Civil Veterinary Dept. Bombay admin report 1900-1906 - 1900-1906
Year: 1900
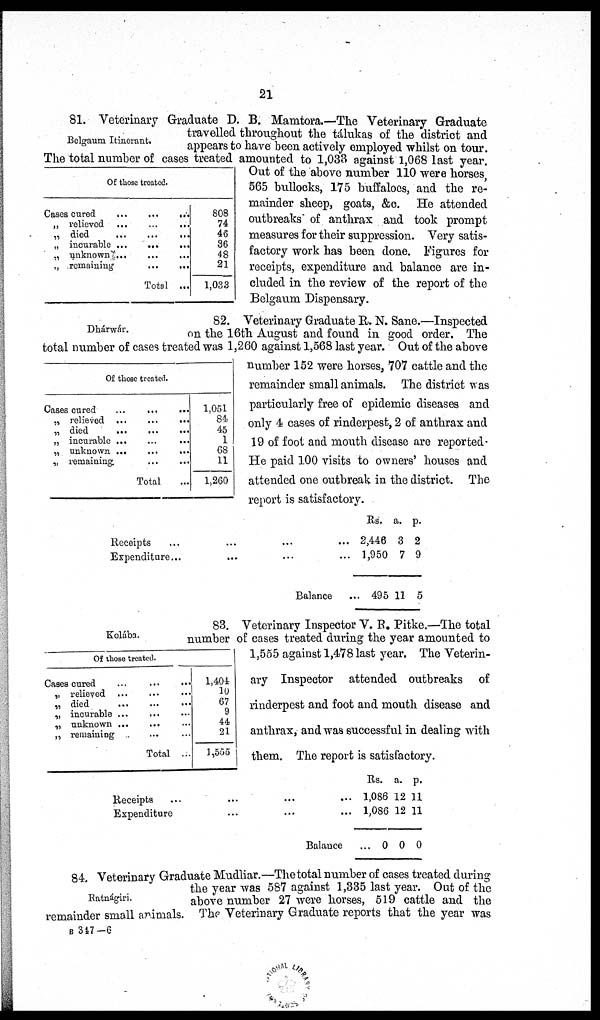
21
Belgaum Itinerant.
Of those treated.
Cases cured
...
...
...
„ relieved ... ... ...
„ died
...
...
...
„ incurable ...
...
...
„ unknown ... ... ...
„ remaining
...
...
Total ...
808
74
46
36
48
21
1,033
81. Veterinary Graduate D. B. Mamtora.—The Veterinary Graduate
travelled throughout the tálukas of the district and
appears to have been actively employed whilst on tour.
The total number of cases treated amounted to 1,033 against 1,068 last year.
Out of the above number 110 were horses
565 bullocks, 175 buffaloes, and the re-
mainder sheep, goats, &c. He attended
outbreaks of anthrax and took prompt
measures for their suppression. Very satis-
factory work has been done. Figures for
receipts, expenditure and balance are in-
cluded in the review of the report of the
Belgaum Dispensary.
Dhárwár.
82. Veterinary Graduate R. N. Sane.—Inspected
on the 16th August and found in good order. The
total number of cases treated was 1,260 against 1,568 last year. Out of the above
number 152 were horses, 707 cattle and the
remainder small animals. The district was
particularly free of epidemic diseases and
only 4 cases of rinderpest, 2 of anthrax and
19 of foot and mouth disease are reported.
He paid 100 visits to owners' houses and
attended one outbreak in the district. The
report is satisfactory.
Of those treated.
Cases cured
...
...
...
„ relieved ...
...
...
„ died
...
...
...
„ incurable ... ... ...
„ unknown ...
...
...
„ remaining. ... ... ...
Total ...
1,051
84
45
1
68
11
1,260
Receipts
...
......
Expenditure...
......
...
Balance ...
Rs.
2,446
1,950
495
a.
3
7
11
p.
2
9
5
Kolába.
Of those treated.
Cases cured ... ... ...
„ relieved ... ... ...
„ died
...
...
...
„ incurable ... ... ...
„ unknown ... ... ...
„ remaining ... ...
Total ...
1,404
10
67
9
44
21
1,555
83. Veterinary Inspector V. R. Pitke.—The total
number of cases treated during the year amounted to
1,555 against 1,478 last year. The Veterin-
ary Inspector attended outbreaks of
rinderpest and foot and mouth disease and
anthrax, and was successful in dealing with
them. The report is satisfactory.
Receipts ... .. ... ...
Expenditure ... ... ...
Balance ...
Rs.
1,086
1,086
0
a.
12
12
0
p.
11
11
0
Ratnágiri.
84. Veterinary Graduate Mudliar.—The total number of cases treated during
the year was 587 against 1,335 last year. Out of the
above number 27 were horses, 519 cattle and the
remainder small animals. The Veterinary Graduate reports that the year was
B 347-6